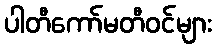
ပါတီကော်မတီဝင်များ